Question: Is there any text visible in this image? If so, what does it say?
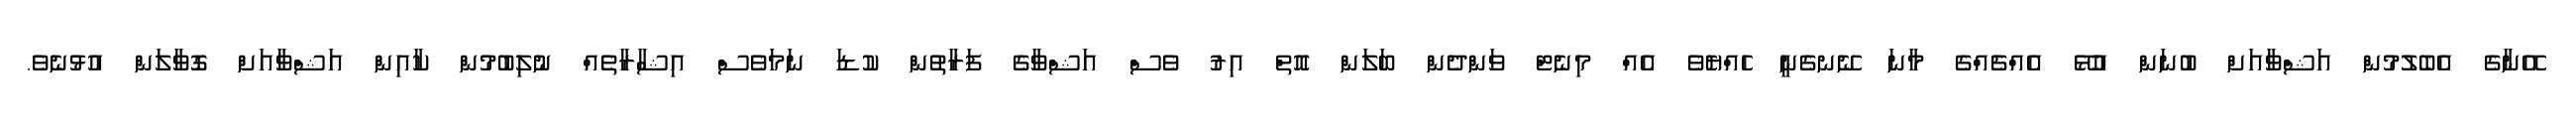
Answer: އޭނާގެ އެބެލުމުން އަޝްވާއަށް ބުނަން އުޅޭ އެއްޗެއްގެ މާނަ ނޭނގެނީ ހެއްޔެވެ އެއް މިނެޓް ވަންދެން ބަލަން އޮތް އިރު ވެސް އަޝްވާގެ ފަރާތުން ކުޑަ ނަމަވެސް އިޝާރާތެއް ނުލިބުމުން ކާއިން އަޝްވާއަށް ގޮވާލަން އުޅުނެވެ.